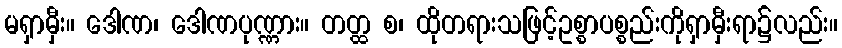
မရှာမှီး။ ဒေါဏ၊ ဒေါဏပုဏ္ဏား။ တတ္ထ စ၊ ထိုတရားသဖြင့်ဥစ္စာပစ္စည်းကိုရှာမှီးရာ၌လည်း။